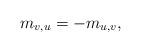
LaTeX: \begin{align*}m_{v,u} =-m_{u,v},\end{align*}